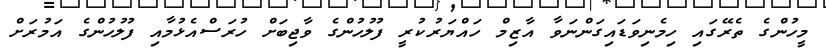
މީހުންގެ ތެރޭގައި ހިމެނިވަޑައިގަންނަވާ އާޒިމް ހައްޔަރުކުރީ ފުލުހުންގެ ވާޖިބަށް ހުރަސްއެޅުމާއި ފުލުހުންގެ އަމުރަށް